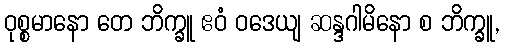
ဝုစ္စမာနော တေ ဘိက္ခူ ဧဝံ ဝဒေယျ ဆန္ဒဂါမိနော စ ဘိက္ခူ,